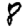
Digit: 8